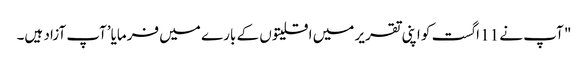
" آپ نے 11 اگست کو اپنی تقریر میں اقلیتوں کے بارے میں فرمایا’آپ آزاد ہیں۔